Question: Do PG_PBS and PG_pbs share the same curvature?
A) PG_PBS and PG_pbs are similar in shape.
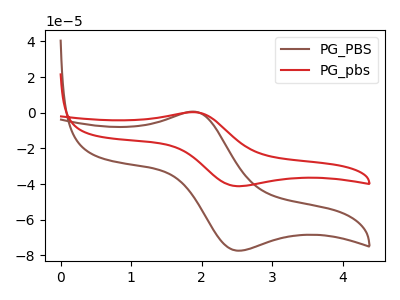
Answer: <think>The brown curve "PG_PBS" has an anodic peak at (1.90V, 0.65uA) and a cathodic peak at (2.50V, -77.30uA). The red curve "PG_pbs" has an anodic peak at (1.90V, 0.35uA) and a cathodic peak at (2.50V, -41.15uA).
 All the peaks in "PG_PBS" have a peak in "PG_pbs" at the same potential. Every peak in "PG_PBS" is higher than every peak in "PG_pbs".</think>
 <answer>A) "PG_PBS" and "PG_pbs" are similar in shape.</answer>
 <eval>A</eval>